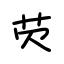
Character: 芡